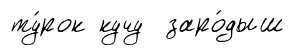
ту́рок кучу заро́дыш